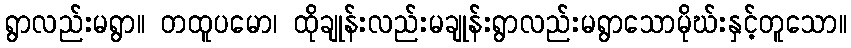
ရွာလည်းမရွာ။ တထူပမော၊ ထိုချုန်းလည်းမချုန်းရွာလည်းမရွာသောမိုဃ်းနှင့်တူသော။